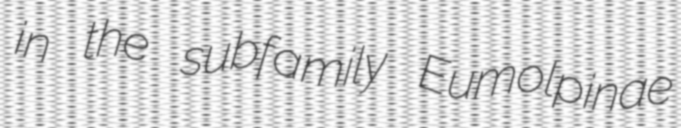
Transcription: in the subfamily Eumolpinae